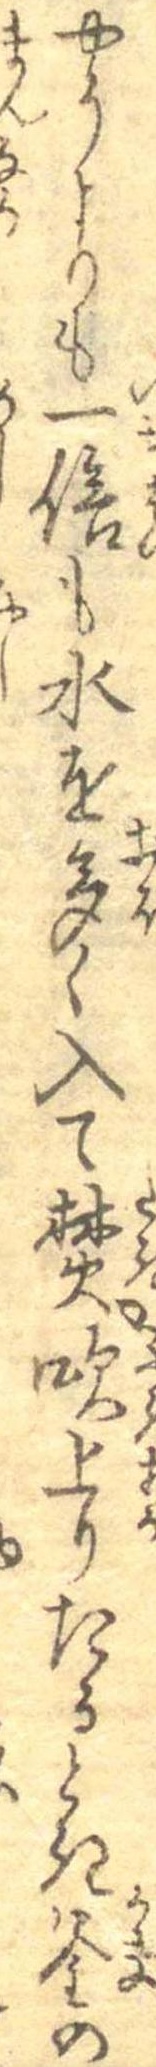
やうよりも一倍も水を多く入て焚吹上りたるとき釜の